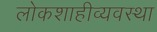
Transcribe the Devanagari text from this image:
लोकशाहीव्यवस्था